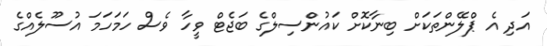
އަދި އެ ޕްލޭންތަކަށް ބިނާކޮށް ކައުންސިލްގެ ބަޖެޓް ވީހާ ވެސް ހަމަހަމަ އުސޫލެއްގެ